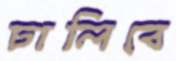
ঢালিবে